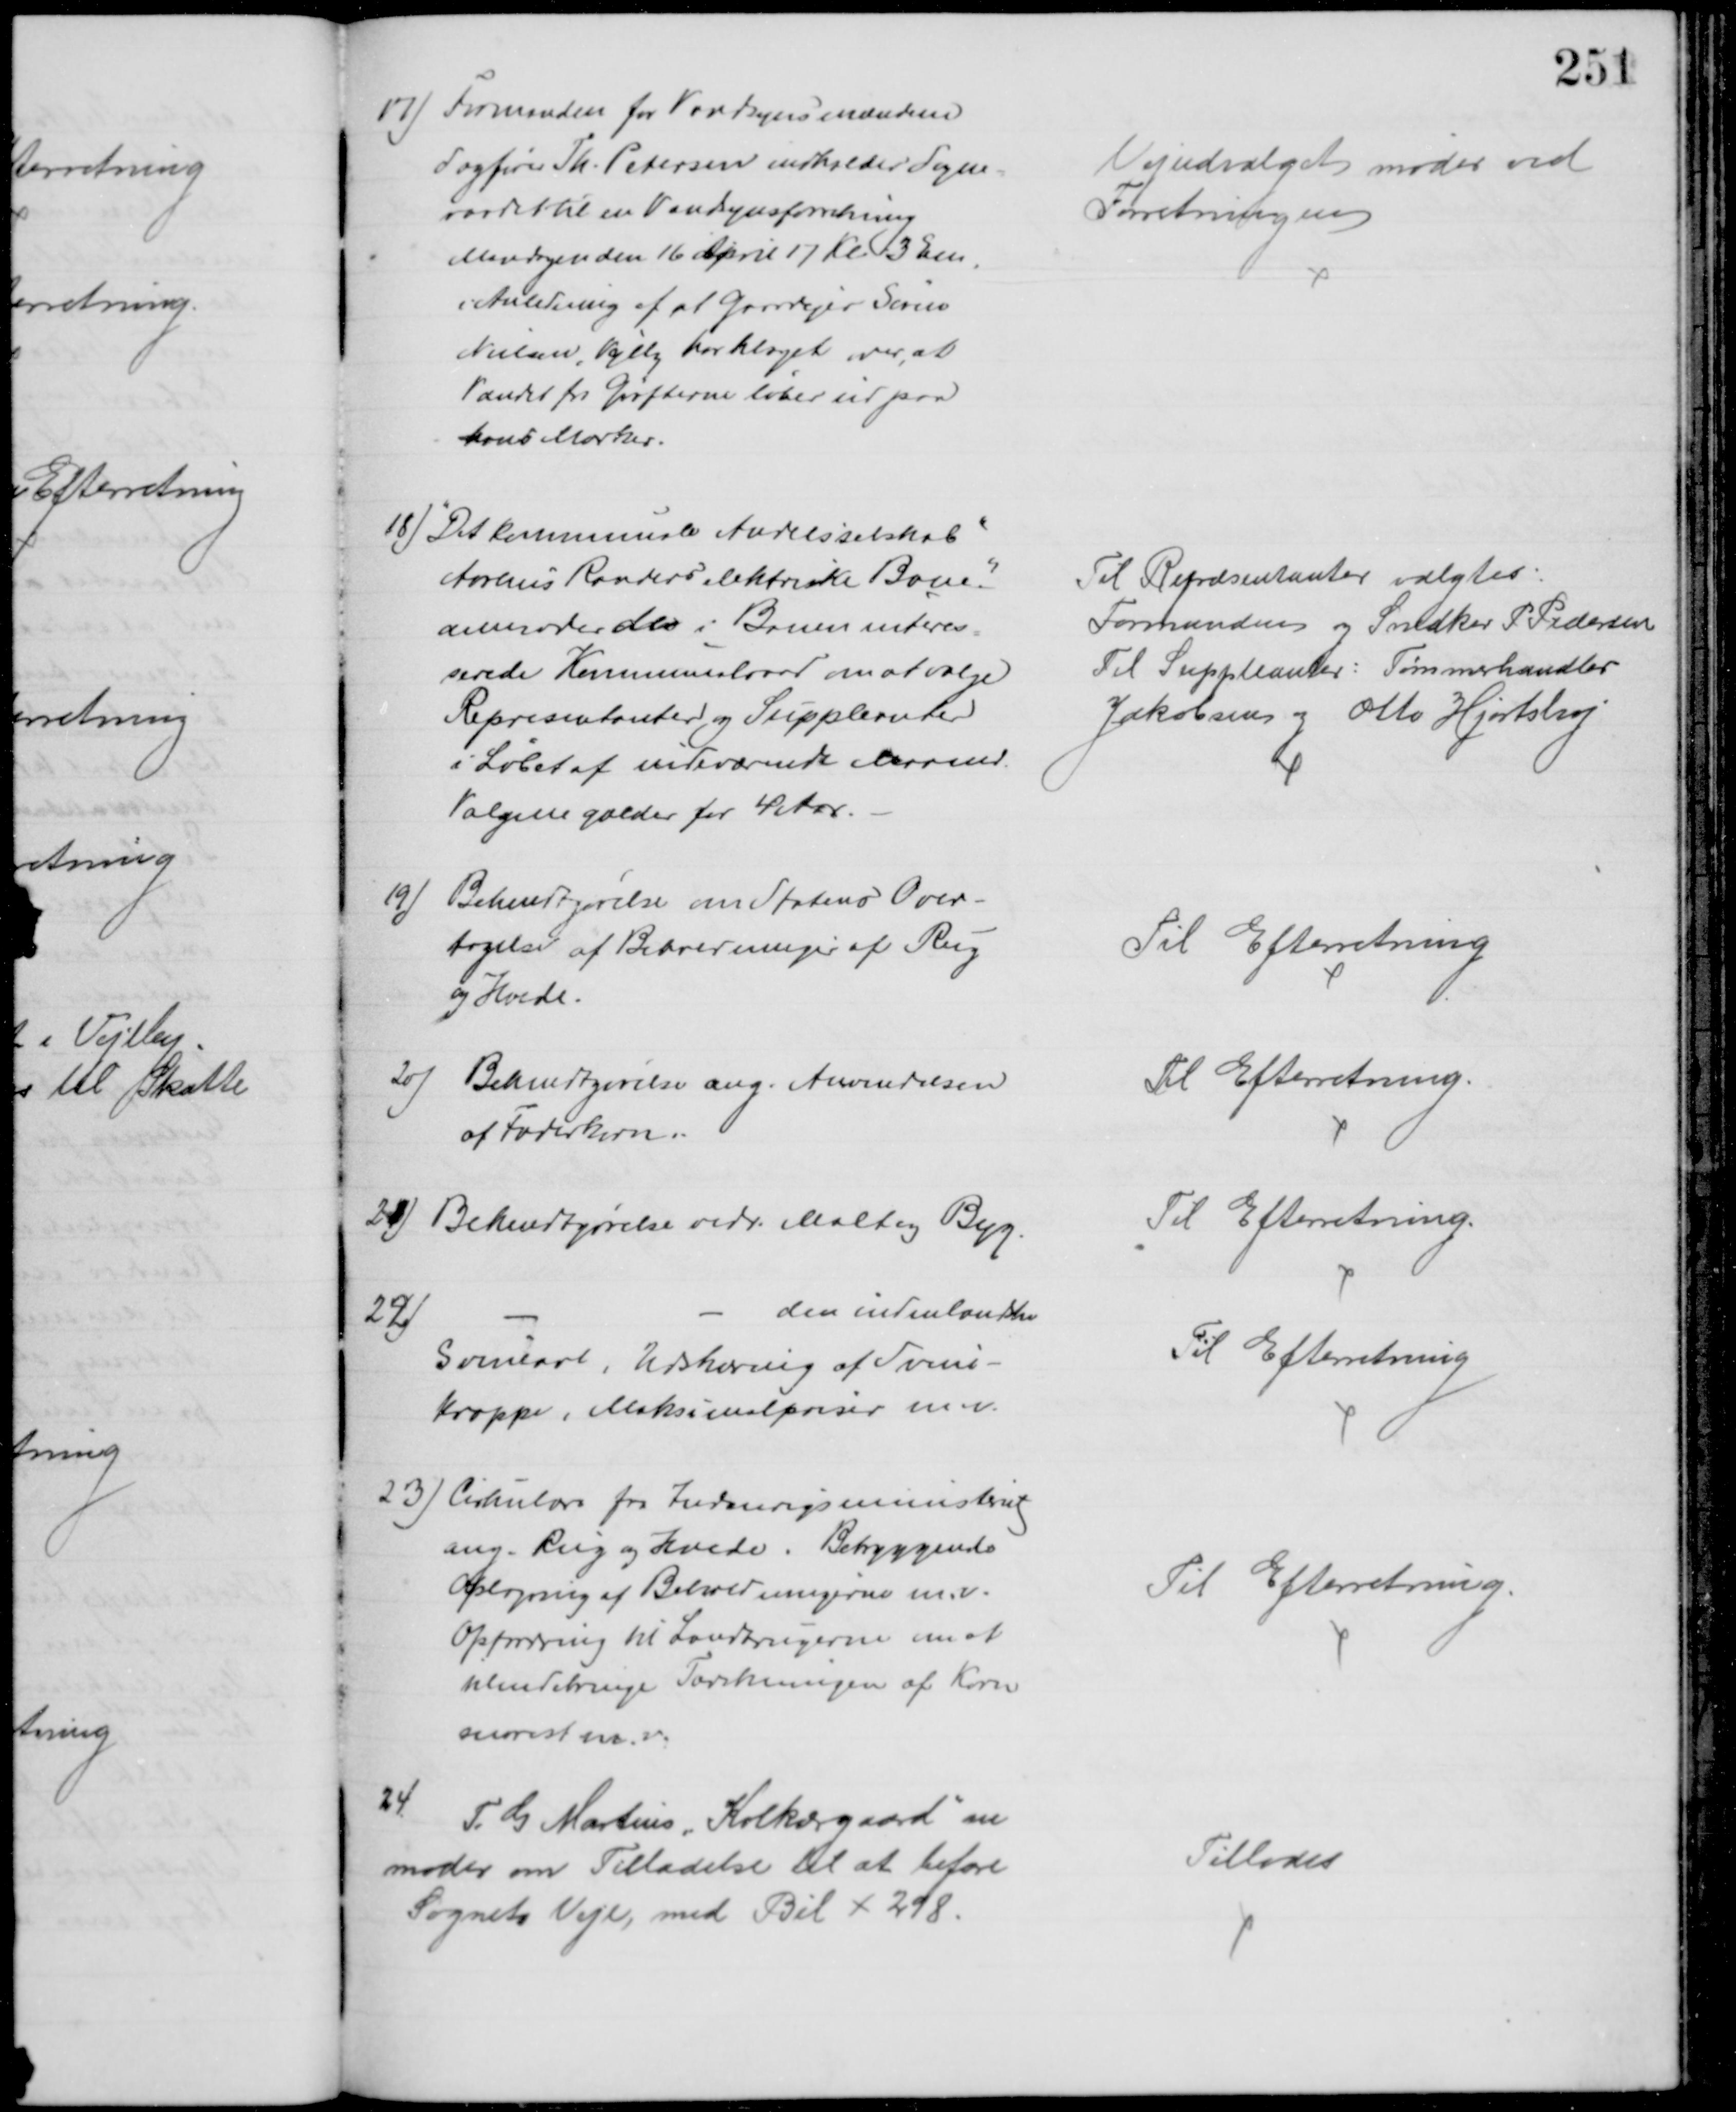
Transskription:
17) Formanden for Vandsynsmændene
Sagfører Th. Petersen indkalder Sogne=
raadet til en Vandsynsforretning
Mandagen den 16 April 17 Kl 3 Em
i Anledning af at Gaardejer Søren
Nielsen, Vejlby har klaget over, at
Vandet fra Grøfterne løber ud paa
hans Marker.
Vejudvalget møder ved
Forretningen
18) "Det kommunale Andelsselskab"
Aarhus Randers elektriske Bane."
anmoder de i Banen interes=
serede Kommunalraad om at vælge
Repræsentanter og Suppleanter
i Løbet af indeværende Maaned
Valgene gælder for 4 Aar.
Til Repræsentanter valgtes:
Formanden og Snedker P Pedersen
Til Suppleanter: Tømmerhandler
Jakobsen og Otto Hjortshøj
19)
Bekendtgørelse om Statens Over-
tagelse af Beholdninger af Rug
og Hvede.
Til Efterretning
20) Bekendtgivelse ang. Anvendelsen
af Foderkorn
Til Efterretning.
21) Bekendtgørelse vedr. Malt og Byg.
Til Efterretning.
22)
den indenlandske
Svineavl, Udskæring af Svine-
kroppe, Maksimalpriser m.v.
Til Efterretning
23) Cirkulære fra Indenrigsministeriet
ang. Rug og Hvede. Betryggende
Oplagring af Beholdningerne m.v.
Opfordring til Landbrugerne om at
tilendebringe Tærskningen af Korn
snarest m. v.
Til Efterretning.
24
T. G Martins "Kolkærgaard" an
moder om Tilladelse til at befare
Sognets Veje, med Bil X 298.
Tillodes